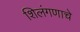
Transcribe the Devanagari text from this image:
शिलंगणाचे